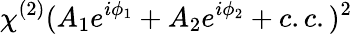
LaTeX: \chi^{(2)}(A_{1}e^{i\phi_{1}}+A_{2}e^{i\phi_{2}}+c.c.)^{2}